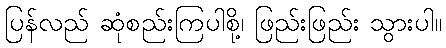
ပြန်လည် ဆုံစည်းကြပါစို့၊ ဖြည်းဖြည်း သွားပါ။